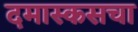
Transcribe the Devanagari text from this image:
दमास्कसचा